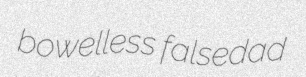
bowelless falsedad